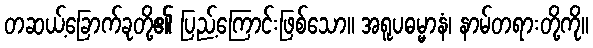
တဆယ့်ခြောက်ခုတို့၏ ပြည့်ကြောင်းဖြစ်သော။ အရူပဓမ္မာနံ၊ နာမ်တရားတို့ကို။